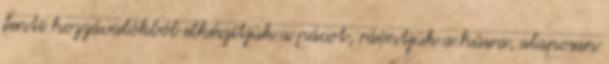
fenti hozzávalókból elkészítjük a pácot, ráöntjük a húsra, alaposan